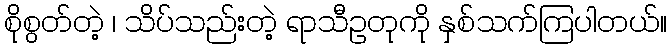
စိုစွတ်တဲ့ ၊ သိပ်သည်းတဲ့ ရာသီဥတုကို နှစ်သက်ကြပါတယ်။